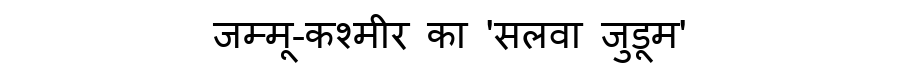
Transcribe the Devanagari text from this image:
जम्मू-कश्मीर का 'सलवा जुडूम'